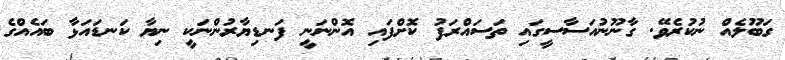
ގަބޫލެއް ނުކުރެވޭ. ގާނޫނުއަސާސީގައި ތަސައްރަފު ކޮށްފައި އޮންނަނީ ފަނޑިޔާރުންނަކީ ނިޔާ ކަނޑައަޅާ ބައެއްގެ